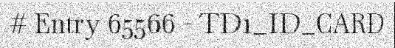
# Entry 65566 - TD1_ID_CARD